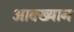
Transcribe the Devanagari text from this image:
आक्ख्यान